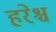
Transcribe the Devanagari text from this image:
हरेश्च